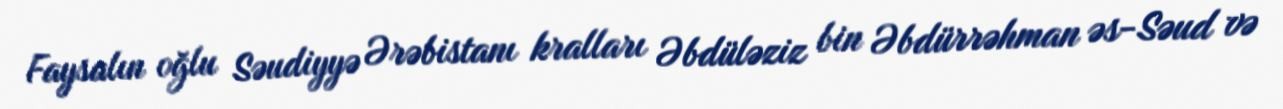
Faysalın oğlu Səudiyyə Ərəbistanı kralları Əbdüləziz bin Əbdürrəhman əs-Səud və